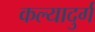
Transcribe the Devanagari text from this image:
कल्यादुर्ग